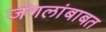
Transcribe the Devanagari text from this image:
जंगलांबाबत